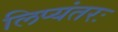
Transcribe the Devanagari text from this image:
लिप्यंतरः